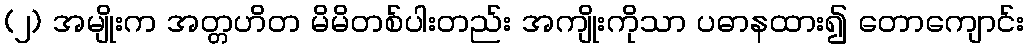
(၂) အမျိုးက အတ္တဟိတ မိမိတစ်ပါးတည်း အကျိုးကိုသာ ပဓာနထား၍ တောကျောင်း